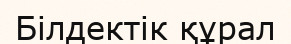
Білдектік құрал